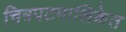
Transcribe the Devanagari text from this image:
चित्रपटमालिकेत